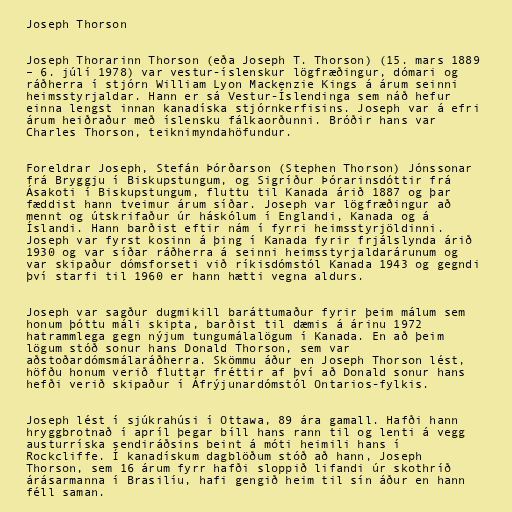
Joseph Thorson

Joseph Thorarinn Thorson (eða Joseph T. Thorson) (15. mars 1889
– 6. júlí 1978) var vestur-íslenskur lögfræðingur, dómari og
ráðherra í stjórn William Lyon Mackenzie Kings á árum seinni
heimsstyrjaldar. Hann er sá Vestur-Íslendinga sem náð hefur
einna lengst innan kanadíska stjórnkerfisins. Joseph var á efri
árum heiðraður með íslensku fálkaorðunni. Bróðir hans var
Charles Thorson, teiknimyndahöfundur.

Foreldrar Joseph, Stefán Þórðarson (Stephen Thorson) Jónssonar
frá Bryggju í Biskupstungum, og Sigríður Þórarinsdóttir frá
Ásakoti í Biskupstungum, fluttu til Kanada árið 1887 og þar
fæddist hann tveimur árum síðar. Joseph var lögfræðingur að
mennt og útskrifaður úr háskólum í Englandi, Kanada og á
Íslandi. Hann barðist eftir nám í fyrri heimsstyrjöldinni.
Joseph var fyrst kosinn á þing í Kanada fyrir frjálslynda árið
1930 og var síðar ráðherra á seinni heimsstyrjaldarárunum og
var skipaður dómsforseti við ríkisdómstól Kanada 1943 og gegndi
því starfi til 1960 er hann hætti vegna aldurs.

Joseph var sagður dugmikill baráttumaður fyrir þeim málum sem
honum þóttu máli skipta, barðist til dæmis á árinu 1972
hatrammlega gegn nýjum tungumálalögum í Kanada. En að þeim
lögum stóð sonur hans Donald Thorson, sem var
aðstoðardómsmálaráðherra. Skömmu áður en Joseph Thorson lést,
höfðu honum verið fluttar fréttir af því að Donald sonur hans
hefði verið skipaður í Áfrýjunardómstól Ontarios-fylkis.

Joseph lést í sjúkrahúsi í Ottawa, 89 ára gamall. Hafði hann
hryggbrotnað í apríl þegar bíll hans rann til og lenti á vegg
austurríska sendiráðsins beint á móti heimili hans í
Rockcliffe. Í kanadískum dagblöðum stóð að hann, Joseph
Thorson, sem 16 árum fyrr hafði sloppið lifandi úr skothríð
árásarmanna í Brasilíu, hafi gengið heim til sín áður en hann
féll saman.